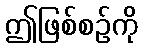
ဤဖြစ်စဉ်ကို